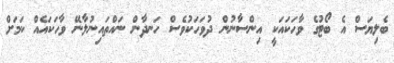
ބެލިޔަސް އެ ބޯޓުގެ ވާހަކައަކީ އިންސާނުން ދުވަހަކުވެސް ހަނދާން ނައްތައިނުލާނޭ ވާހަކައެއް ކަމަށް